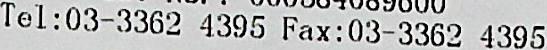
TEL:03-3362 4395 FAX:03-3362 4395